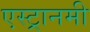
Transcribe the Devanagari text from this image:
एस्ट्रानमी